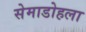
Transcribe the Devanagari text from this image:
सेमाडोहला